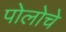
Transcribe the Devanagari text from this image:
पोलोचे